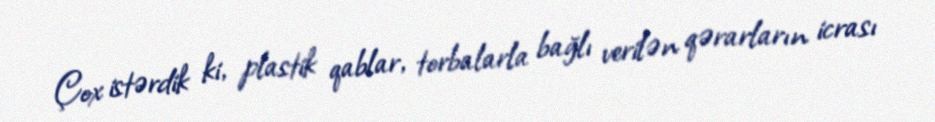
Çox istərdik ki, plastik qablar, torbalarla bağlı verilən qərarların icrası